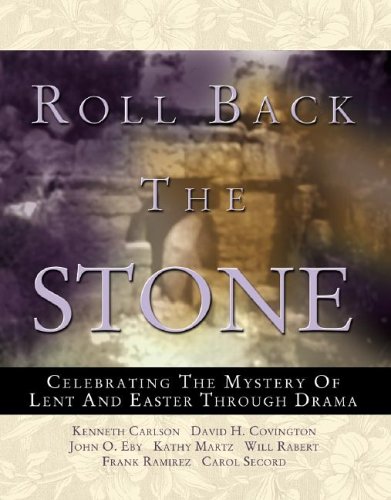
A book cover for Roll Back the Stone: Celebrating the Mystery of Lent and Easter Through Drama; Kathy Martz; Literature & Fiction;